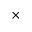
\times